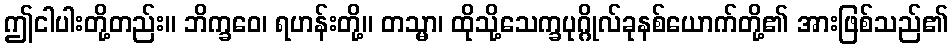
ဤငါပါးတို့တည်း။ ဘိက္ခဝေ၊ ရဟန်းတို့။ တသ္မာ၊ ထိုသို့သေက္ခပုဂ္ဂိုလ်ခုနစ်ယောက်တို့၏ အားဖြစ်သည်၏